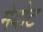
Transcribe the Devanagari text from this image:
मेयोट